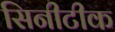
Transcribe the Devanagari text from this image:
सिनीटीक